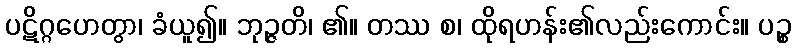
ပဋိဂ္ဂဟေတွာ၊ ခံယူ၍။ ဘုဉ္ဇတိ၊ ၏။ တဿ စ၊ ထိုရဟန်း၏လည်းကောင်း။ ပဉ္စ